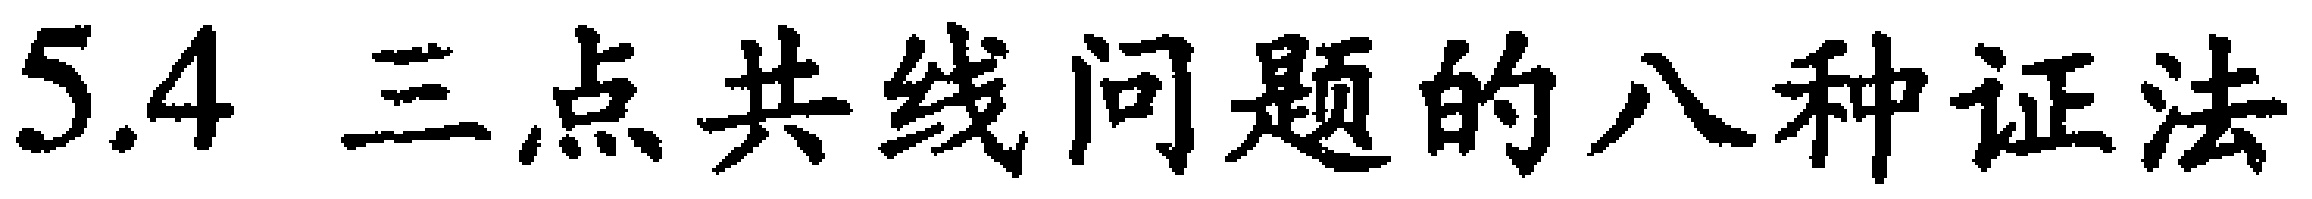
5.4 三点共线问题的八种证法